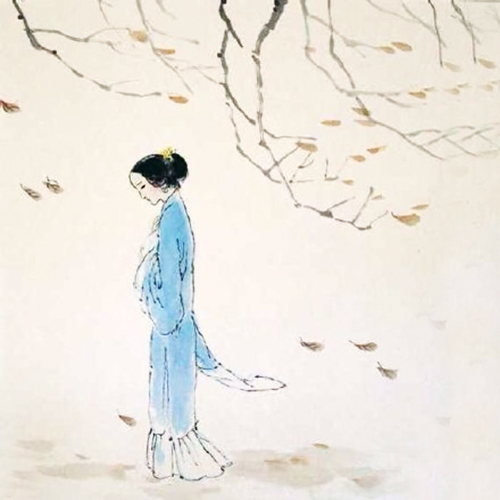
莫道不销魂，帘卷西风，人比黄花瘦。